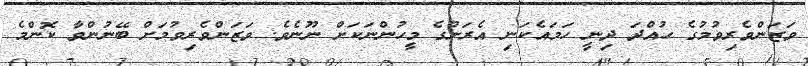
ވަޒަންވެރިވުމުގެ ހުއްދަ ދިނީ ހަމައެކަނި އެރަށުގެ މީހުންނަކަށް ނޫނެވެ. ވަޒަންވެރިވުމަށް ބޭނުންވާ ކޮންމެ